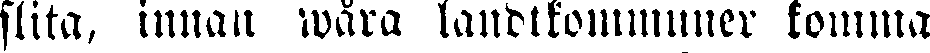
slita, innan wåra landtkommuner komma